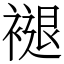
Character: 褪